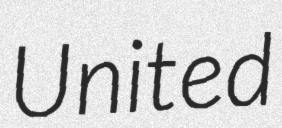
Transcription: United